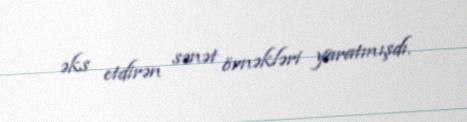
əks etdirən sənət örnəkləri yaratmışdı.